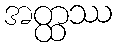
အတ္ထဿ